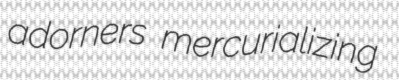
adorners mercurializing